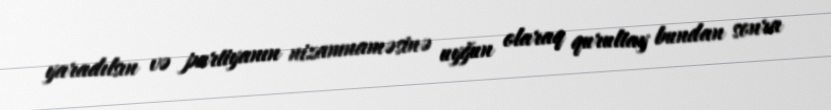
yaradılsın və partiyanın nizamnaməsinə uyğun olaraq qurultay bundan sonra